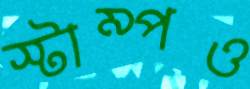
স্টাম্পও